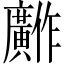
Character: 𫸋